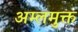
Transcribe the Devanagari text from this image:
अम्लमुक्त